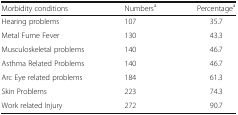
<table><thead><tr><td><b>Morbidity conditions</b></td><td><b>Numbers<sup>a</sup></b></td><td><b>Percentage<sup>a</sup></b></td></tr></thead><tbody><tr><td>Hearing problems</td><td>107</td><td>35.7</td></tr><tr><td>Metal Fume Fever</td><td>130</td><td>43.3</td></tr><tr><td>Musculoskeletal problems</td><td>140</td><td>46.7</td></tr><tr><td>Asthma Related Problems</td><td>140</td><td>46.7</td></tr><tr><td>Arc Eye related problems</td><td>184</td><td>61.3</td></tr><tr><td>Skin Problems</td><td>223</td><td>74.3</td></tr><tr><td>Work related Injury</td><td>272</td><td>90.7</td></tr></tbody></table>